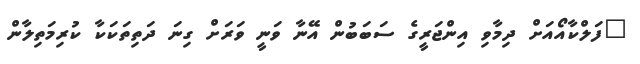
"ފަލްކާއޯއަށް ދިމާވި އިންޖަރީގެ ސަބަބުން އޭނާ ވަނީ ވަރަށް ގިނަ ދަތިތަކަކާ ކުރިމަތިލާން